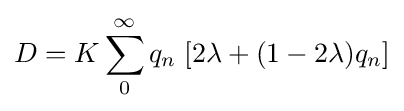
D=K\sum _{0}^{\infty }q_{n}\;[2\lambda +(1-2\lambda )q_{n}]